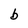
Character: b